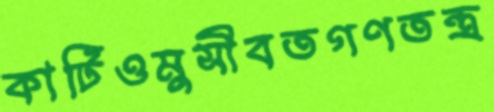
কাটিওমুসীবতগণতন্ত্র